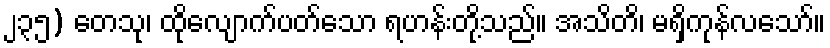
၂၃၅) တေသု၊ ထိုလျောက်ပတ်သော ရဟန်းတို့သည်။ အသိတိ၊ မရှိကုန်လသော်။